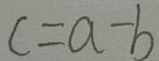
c = a - b